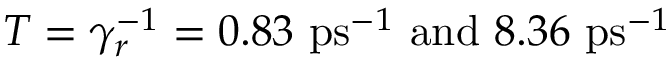
T = \gamma _ { r } ^ { - 1 } = 0 . 8 3 \ \mathrm { p s } ^ { - 1 } \ \mathrm { a n d } \ 8 . 3 6 \ \mathrm { p s } ^ { - 1 }